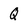
Character: Q